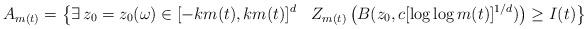
LaTeX: \begin{align*}A_{m(t)}=\left\{\exists\,z_0=z_0(\omega)\in[-k m(t),k m(t)]^d \:\:\:\: Z_{m(t)}\left(B(z_0,c[\log\log m(t)]^{1/d})\right)\geq I(t)\right\} \end{align*}